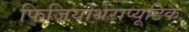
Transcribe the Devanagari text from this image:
फिज़ियोथेराप्यूटिक